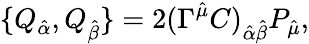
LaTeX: \{ Q_{\hat{\alpha}},Q_{\hat{\beta}}\} =2(\Gamma^{\hat{\mu}}C)_{\hat{\alpha}\hat{\beta}}P_{\hat{\mu}},